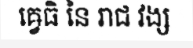
ឝ្វេធិ នៃ រាជ វង្ស